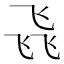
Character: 𮸽